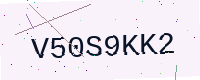
Text: V50S9KK2